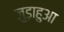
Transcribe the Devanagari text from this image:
जुड़ाहुआ